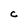
Character: C